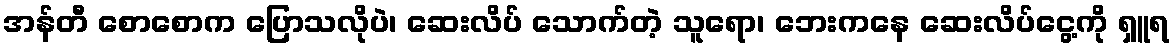
အန်တီ စောစောက ပြောသလိုပဲ၊ ဆေးလိပ် သောက်တဲ့ သူရော၊ ဘေးကနေ ဆေးလိပ်ငွေ့ကို ရှူရ